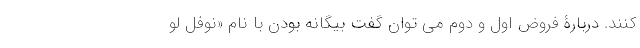
کنند. دربارۀ فروض اول و دوم می توان گفت بیگانه بودن با نام «نوفل لو